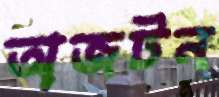
অজটন